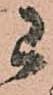
已